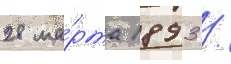
28 ма́рта 1893 /